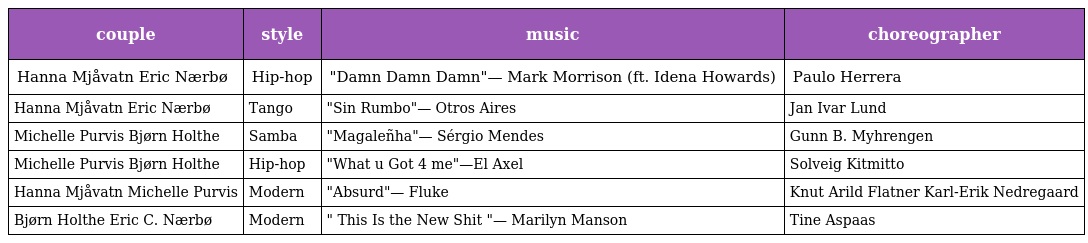
| couple | style | music | choreographer |
 | --- | --- | --- | --- |
 | Hanna Mjåvatn Eric Nærbø | Hip-hop | "Damn Damn Damn"— Mark Morrison (ft. Idena Howards) | Paulo Herrera |
 | Hanna Mjåvatn Eric Nærbø | Tango | "Sin Rumbo"— Otros Aires | Jan Ivar Lund |
 | Michelle Purvis Bjørn Holthe | Samba | "Magaleñha"— Sérgio Mendes | Gunn B. Myhrengen |
 | Michelle Purvis Bjørn Holthe | Hip-hop | "What u Got 4 me"—El Axel | Solveig Kitmitto |
 | Hanna Mjåvatn Michelle Purvis | Modern | "Absurd"— Fluke | Knut Arild Flatner Karl-Erik Nedregaard |
 | Bjørn Holthe Eric C. Nærbø | Modern | " This Is the New Shit "— Marilyn Manson | Tine Aspaas |